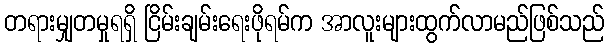
တရားမျှတမှုရရှိ ငြိမ်းချမ်းရေးဖိုရမ်က အာလူးများထွက်လာမည်ဖြစ်သည်